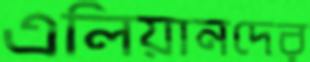
এলিয়ানদের